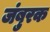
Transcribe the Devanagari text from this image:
जंबुरक